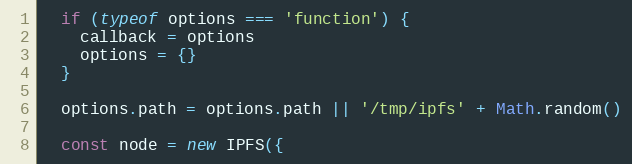
Language: JavaScript
  if (typeof options === 'function') {
    callback = options
    options = {}
  }

  options.path = options.path || '/tmp/ipfs' + Math.random()

  const node = new IPFS({